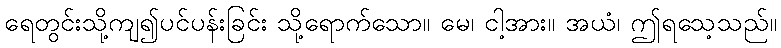
ရေတွင်းသို့ကျ၍ပင်ပန်းခြင်း သို့ရောက်သော။ မေ၊ ငါ့အား။ အယံ၊ ဤရသေ့သည်။